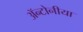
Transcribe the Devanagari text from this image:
ॲन्टोनीया